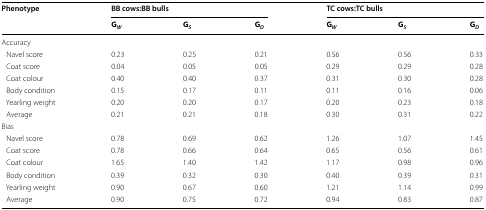
<table><thead><tr><td rowspan="2"><b>Phenotype</b></td><td colspan="3"><b>BB cows:BB bulls</b></td><td colspan="3"><b>TC cows:TC bulls</b></td></tr><tr><td><b>G<sub><i>W</i></sub></b></td><td><b>G<sub><i>S</i></sub></b></td><td><b>G<sub><i>D</i></sub></b></td><td><b>G<sub><i>W</i></sub></b></td><td><b>G<sub><i>S</i></sub></b></td><td><b>G<sub><i>D</i></sub></b></td></tr></thead><tbody><tr><td colspan="7">Accuracy</td></tr><tr><td> Navel score</td><td>0.23</td><td>0.25</td><td>0.21</td><td>0.56</td><td>0.56</td><td>0.33</td></tr><tr><td> Coat score</td><td>0.04</td><td>0.05</td><td>0.05</td><td>0.29</td><td>0.29</td><td>0.28</td></tr><tr><td> Coat colour</td><td>0.40</td><td>0.40</td><td>0.37</td><td>0.31</td><td>0.30</td><td>0.28</td></tr><tr><td> Body condition</td><td>0.15</td><td>0.17</td><td>0.11</td><td>0.11</td><td>0.16</td><td>0.06</td></tr><tr><td> Yearling weight</td><td>0.20</td><td>0.20</td><td>0.17</td><td>0.20</td><td>0.23</td><td>0.18</td></tr><tr><td> Average</td><td>0.21</td><td>0.21</td><td>0.18</td><td>0.30</td><td>0.31</td><td>0.22</td></tr><tr><td colspan="7">Bias</td></tr><tr><td> Navel score</td><td>0.78</td><td>0.69</td><td>0.62</td><td>1.26</td><td>1.07</td><td>1.45</td></tr><tr><td> Coat score</td><td>0.78</td><td>0.66</td><td>0.64</td><td>0.65</td><td>0.56</td><td>0.61</td></tr><tr><td> Coat colour</td><td>1.65</td><td>1.40</td><td>1.42</td><td>1.17</td><td>0.98</td><td>0.96</td></tr><tr><td> Body condition</td><td>0.39</td><td>0.32</td><td>0.30</td><td>0.40</td><td>0.39</td><td>0.31</td></tr><tr><td> Yearling weight</td><td>0.90</td><td>0.67</td><td>0.60</td><td>1.21</td><td>1.14</td><td>0.99</td></tr><tr><td> Average</td><td>0.90</td><td>0.75</td><td>0.72</td><td>0.94</td><td>0.83</td><td>0.87</td></tr></tbody></table>